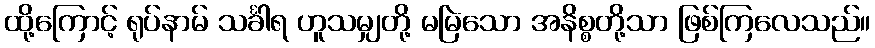
ထို့ကြောင့် ရုပ်နာမ် သင်္ခါရ ဟူသမျှတို့ မမြဲသော အနိစ္စတို့သာ ဖြစ်ကြလေသည်။